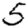
Digit: 5